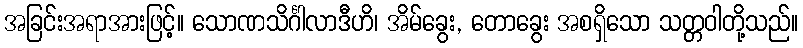
အခြင်းအရာအားဖြင့်။ သောဏသိင်္ဂါလာဒီဟိ၊ အိမ်ခွေး, တောခွေး အစရှိသော သတ္တဝါတို့သည်။